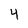
Character: 4